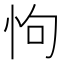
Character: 怐